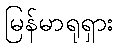
မြန်မာရုရှား